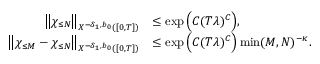
\begin{array} { r l } { \big \| \chi _ { \leq N } \big \| _ { X ^ { - \delta _ { 1 } , b _ { 0 } } ( [ 0 , T ] ) } } & { \leq \exp \Big ( C ( T \lambda ) ^ { C } \Big ) , } \\ { \big \| \chi _ { \leq M } - \chi _ { \leq N } \big \| _ { X ^ { - \delta _ { 1 } , b _ { 0 } } ( [ 0 , T ] ) } } & { \leq \exp \Big ( C ( T \lambda ) ^ { C } \Big ) \operatorname* { m i n } ( M , N ) ^ { - \kappa } . } \end{array}